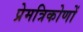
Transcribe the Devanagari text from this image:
प्रेमत्रिकोणों